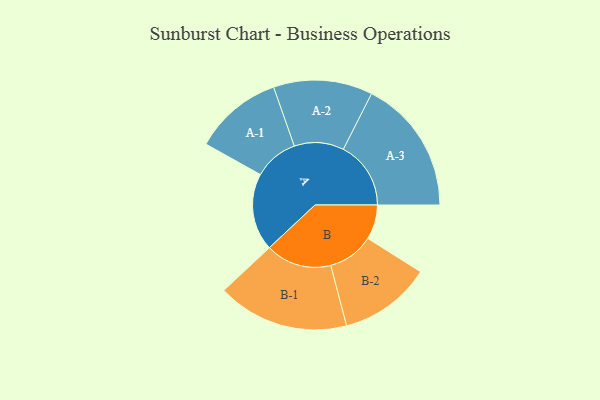
{"axis": {"x": "Segment", "y": "Value"}, "legend": ["", "A", "B"], "data": [{"x": "A", "y": 331, "type": ""}, {"x": "B", "y": 148, "type": ""}, {"x": "A-1", "y": 190, "type": "A"}, {"x": "A-2", "y": 212, "type": "A"}, {"x": "A-3", "y": 289, "type": "A"}, {"x": "B-1", "y": 282, "type": "B"}, {"x": "B-2", "y": 197, "type": "B"}]}